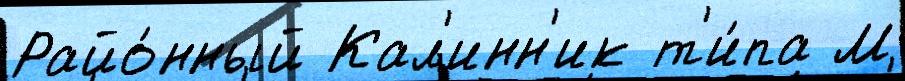
Райо́нный Кал'инн'ик т'и́па М